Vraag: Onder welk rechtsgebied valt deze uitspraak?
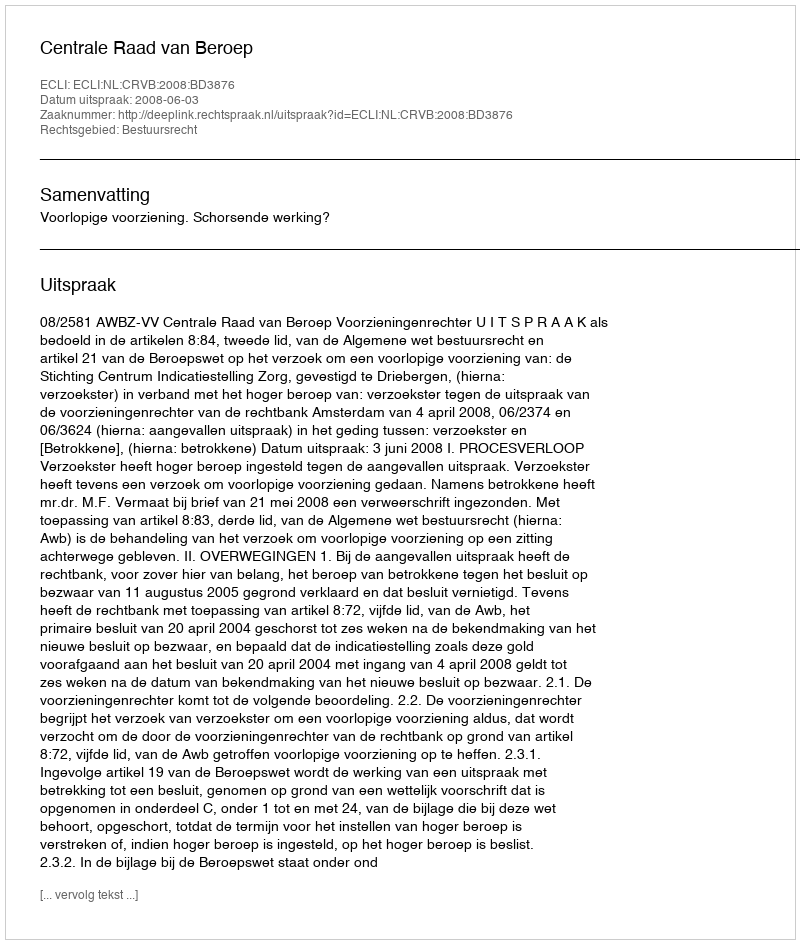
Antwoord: Bestuursrecht